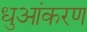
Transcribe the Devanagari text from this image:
धुआंकरण